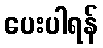
ပေးပါရန်